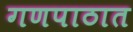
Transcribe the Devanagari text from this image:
गणपाठात